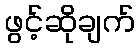
ဖွင့်ဆိုချက်